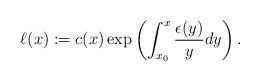
LaTeX: \begin{align*}\ell(x) := c(x)\exp \left( \int_{x_0}^{x}\frac{\epsilon(y)}{y}dy \right). \end{align*}